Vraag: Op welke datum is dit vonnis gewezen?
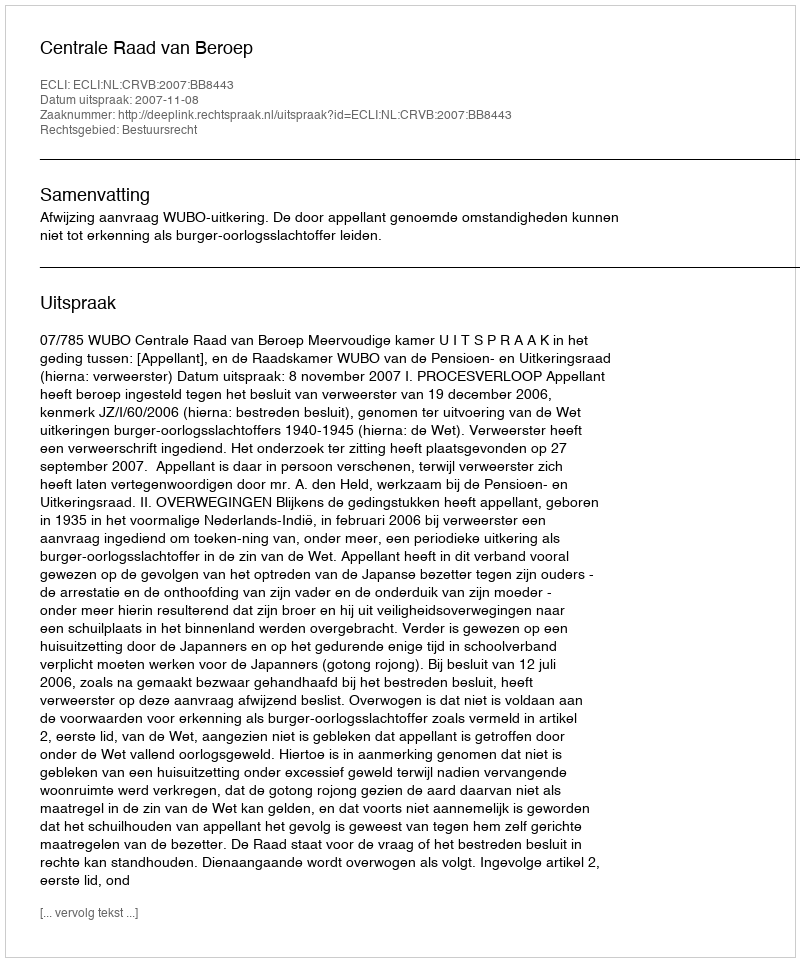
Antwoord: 2007-11-08